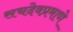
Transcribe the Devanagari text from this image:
सचदेवप्रमाणे